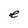
Character: e